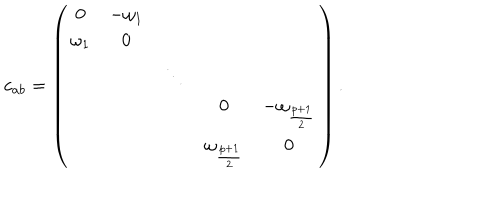
c _ { a b } = \left( \begin{array} { c c c c c } { { 0 } } & { { - \omega _ { 1 } } } & { { } } & { { } } & { { } } \\ { { \omega _ { 1 } } } & { { 0 } } & { { } } & { { } } & { { } } \\ { { } } & { { } } & { { \ddots } } & { { } } & { { } } \\ { { } } & { { } } & { { } } & { { 0 } } & { { - \omega _ { \frac { p + 1 } { 2 } } } } \\ { { } } & { { } } & { { } } & { { \omega _ { \frac { p + 1 } { 2 } } } } & { { 0 } } \\ \end{array} \right) .